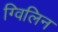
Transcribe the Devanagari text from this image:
ग्विलिन